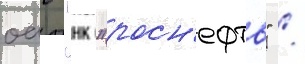
оао "нк "росн'ефть" /